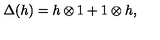
\Delta ( h ) = h \otimes 1 + 1 \otimes h ,